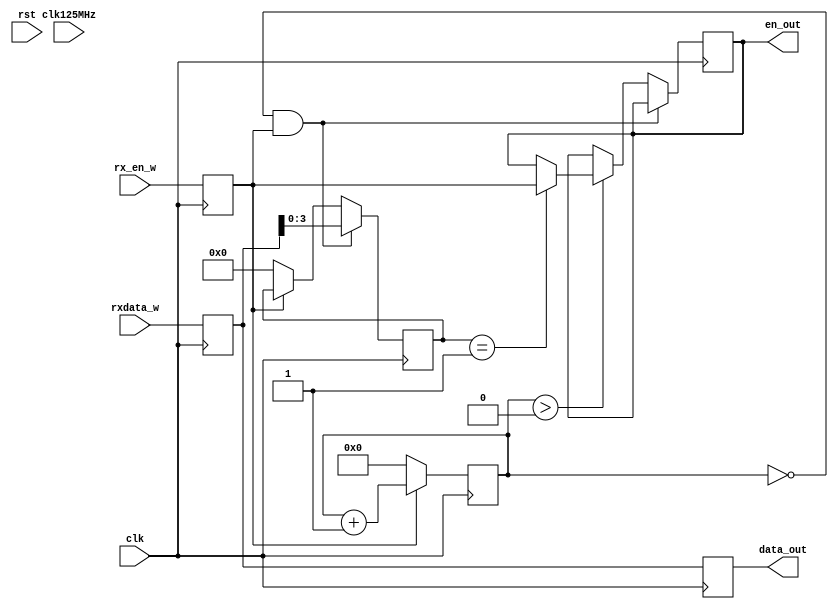
// one 2 one module.
// outputs 2 clocks later.

module one2one #(parameter whereisid = 0)(
    input wire clk,rst,rx_en_w,clk125MHz, // clk, rst, en, clk for output
 input wire [7:0] rxdata_w, // input data, wire --> aligned: rx_data
    //input wire [3:0] switches, // input switches 
	// (* mark_debug = "true" *)	output reg [3:0] rx_id_inter=3, // for debug. maybe deleted soon
    output wire [7:0] data_out, // output data
 output wire en_out		// output enable
 //(* mark_debug = "true" *)   output wire[2:0] comp3bit // for debug. maybe deleted soon
    );
    
    reg [7:0] rxdata=0;
    reg rx_en = 0;
    reg [11:0] addr = 0;
    reg [3:0] rx_id = 0;
    reg en_after_id = 0;
    reg [7:0] shift1_rxdata;
    always @(posedge clk) begin
        rx_en <= rx_en_w;
        rxdata <= rxdata_w;
        shift1_rxdata <= rxdata;
     
     if (rx_en) begin
        addr <= addr + 1'b1;
     end
     else begin
        addr <= 0;
        rx_id <= 4'b0;
     end
        
     if (addr == whereisid && rx_en) begin
        rx_id <= rxdata[3:0];
      end
      else if (addr > whereisid) begin
        if (rx_id == 1'b1) begin
            en_after_id <= rx_en;
        end
     end
    end
    
    assign data_out = shift1_rxdata;
    assign en_out = en_after_id;
    
     
     
endmodule